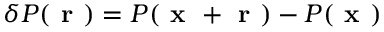
\delta P ( \textbf { r } ) = P ( \textbf { x } + \textbf { r } ) - P ( \textbf { x } )